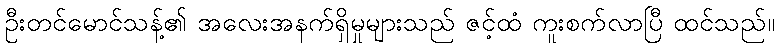
ဦးတင်မောင်သန့်၏ အလေးအနက်ရှိမှုများသည် ဇင့်ထံ ကူးစက်လာပြီ ထင်သည်။